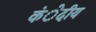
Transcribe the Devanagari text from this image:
कंेदीय